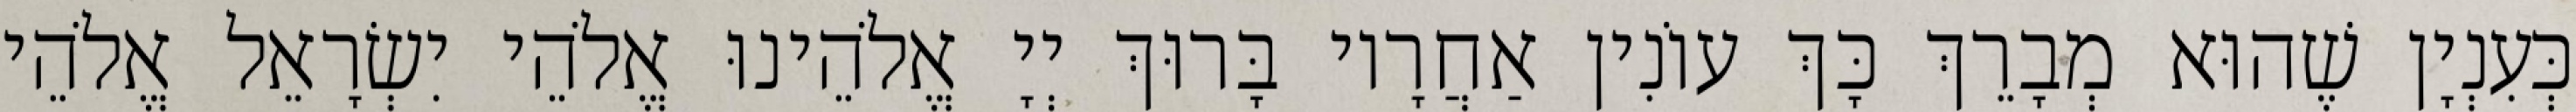
כְּעִנְיָן שֶׁהוּא מְבָרֵךְ כָּךְ עוֹנִין אַחֲרָיו בָּרוּךְ יְיָ אֱלֹהֵינוּ אֱלֹהֵי יִשְׂרָאֵל אֱלֹהֵי